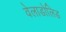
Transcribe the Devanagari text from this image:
वेलाडोलिड